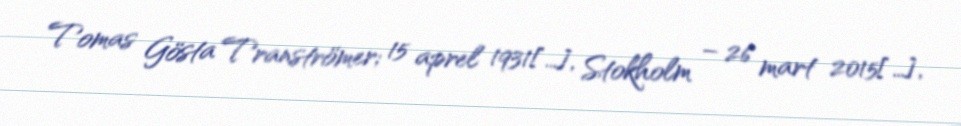
Tomas Gösta Tranströmer; 15 aprel 1931[…], Stokholm – 26 mart 2015[…],